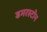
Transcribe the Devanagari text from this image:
डमरस्टोन